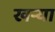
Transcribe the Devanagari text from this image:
खऱ्या